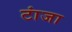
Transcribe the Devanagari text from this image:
टांजा